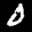
Label: 0